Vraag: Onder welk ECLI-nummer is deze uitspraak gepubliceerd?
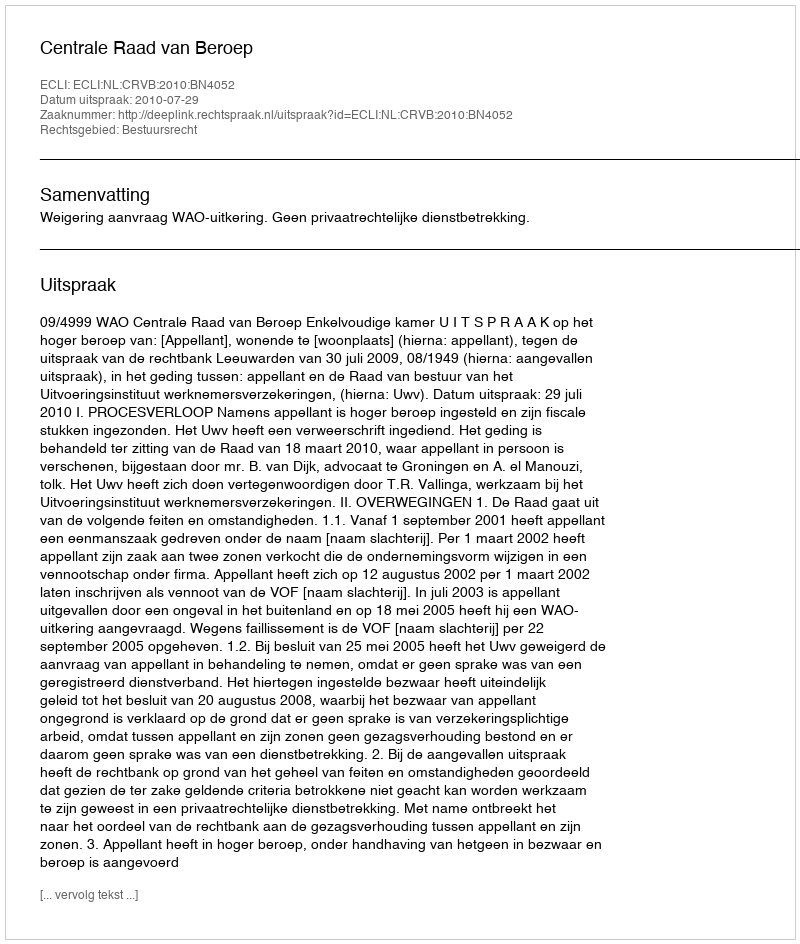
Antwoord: ECLI:NL:CRVB:2010:BN4052